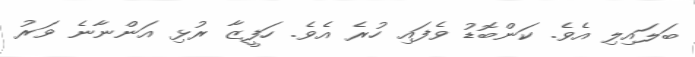
ބަލައިލި އެވެ. ކަންބޮޑު ވެފައި ހުރެ އެވެ. ހަފީޒާ ރުޅި އަންނާނެ ވަރު